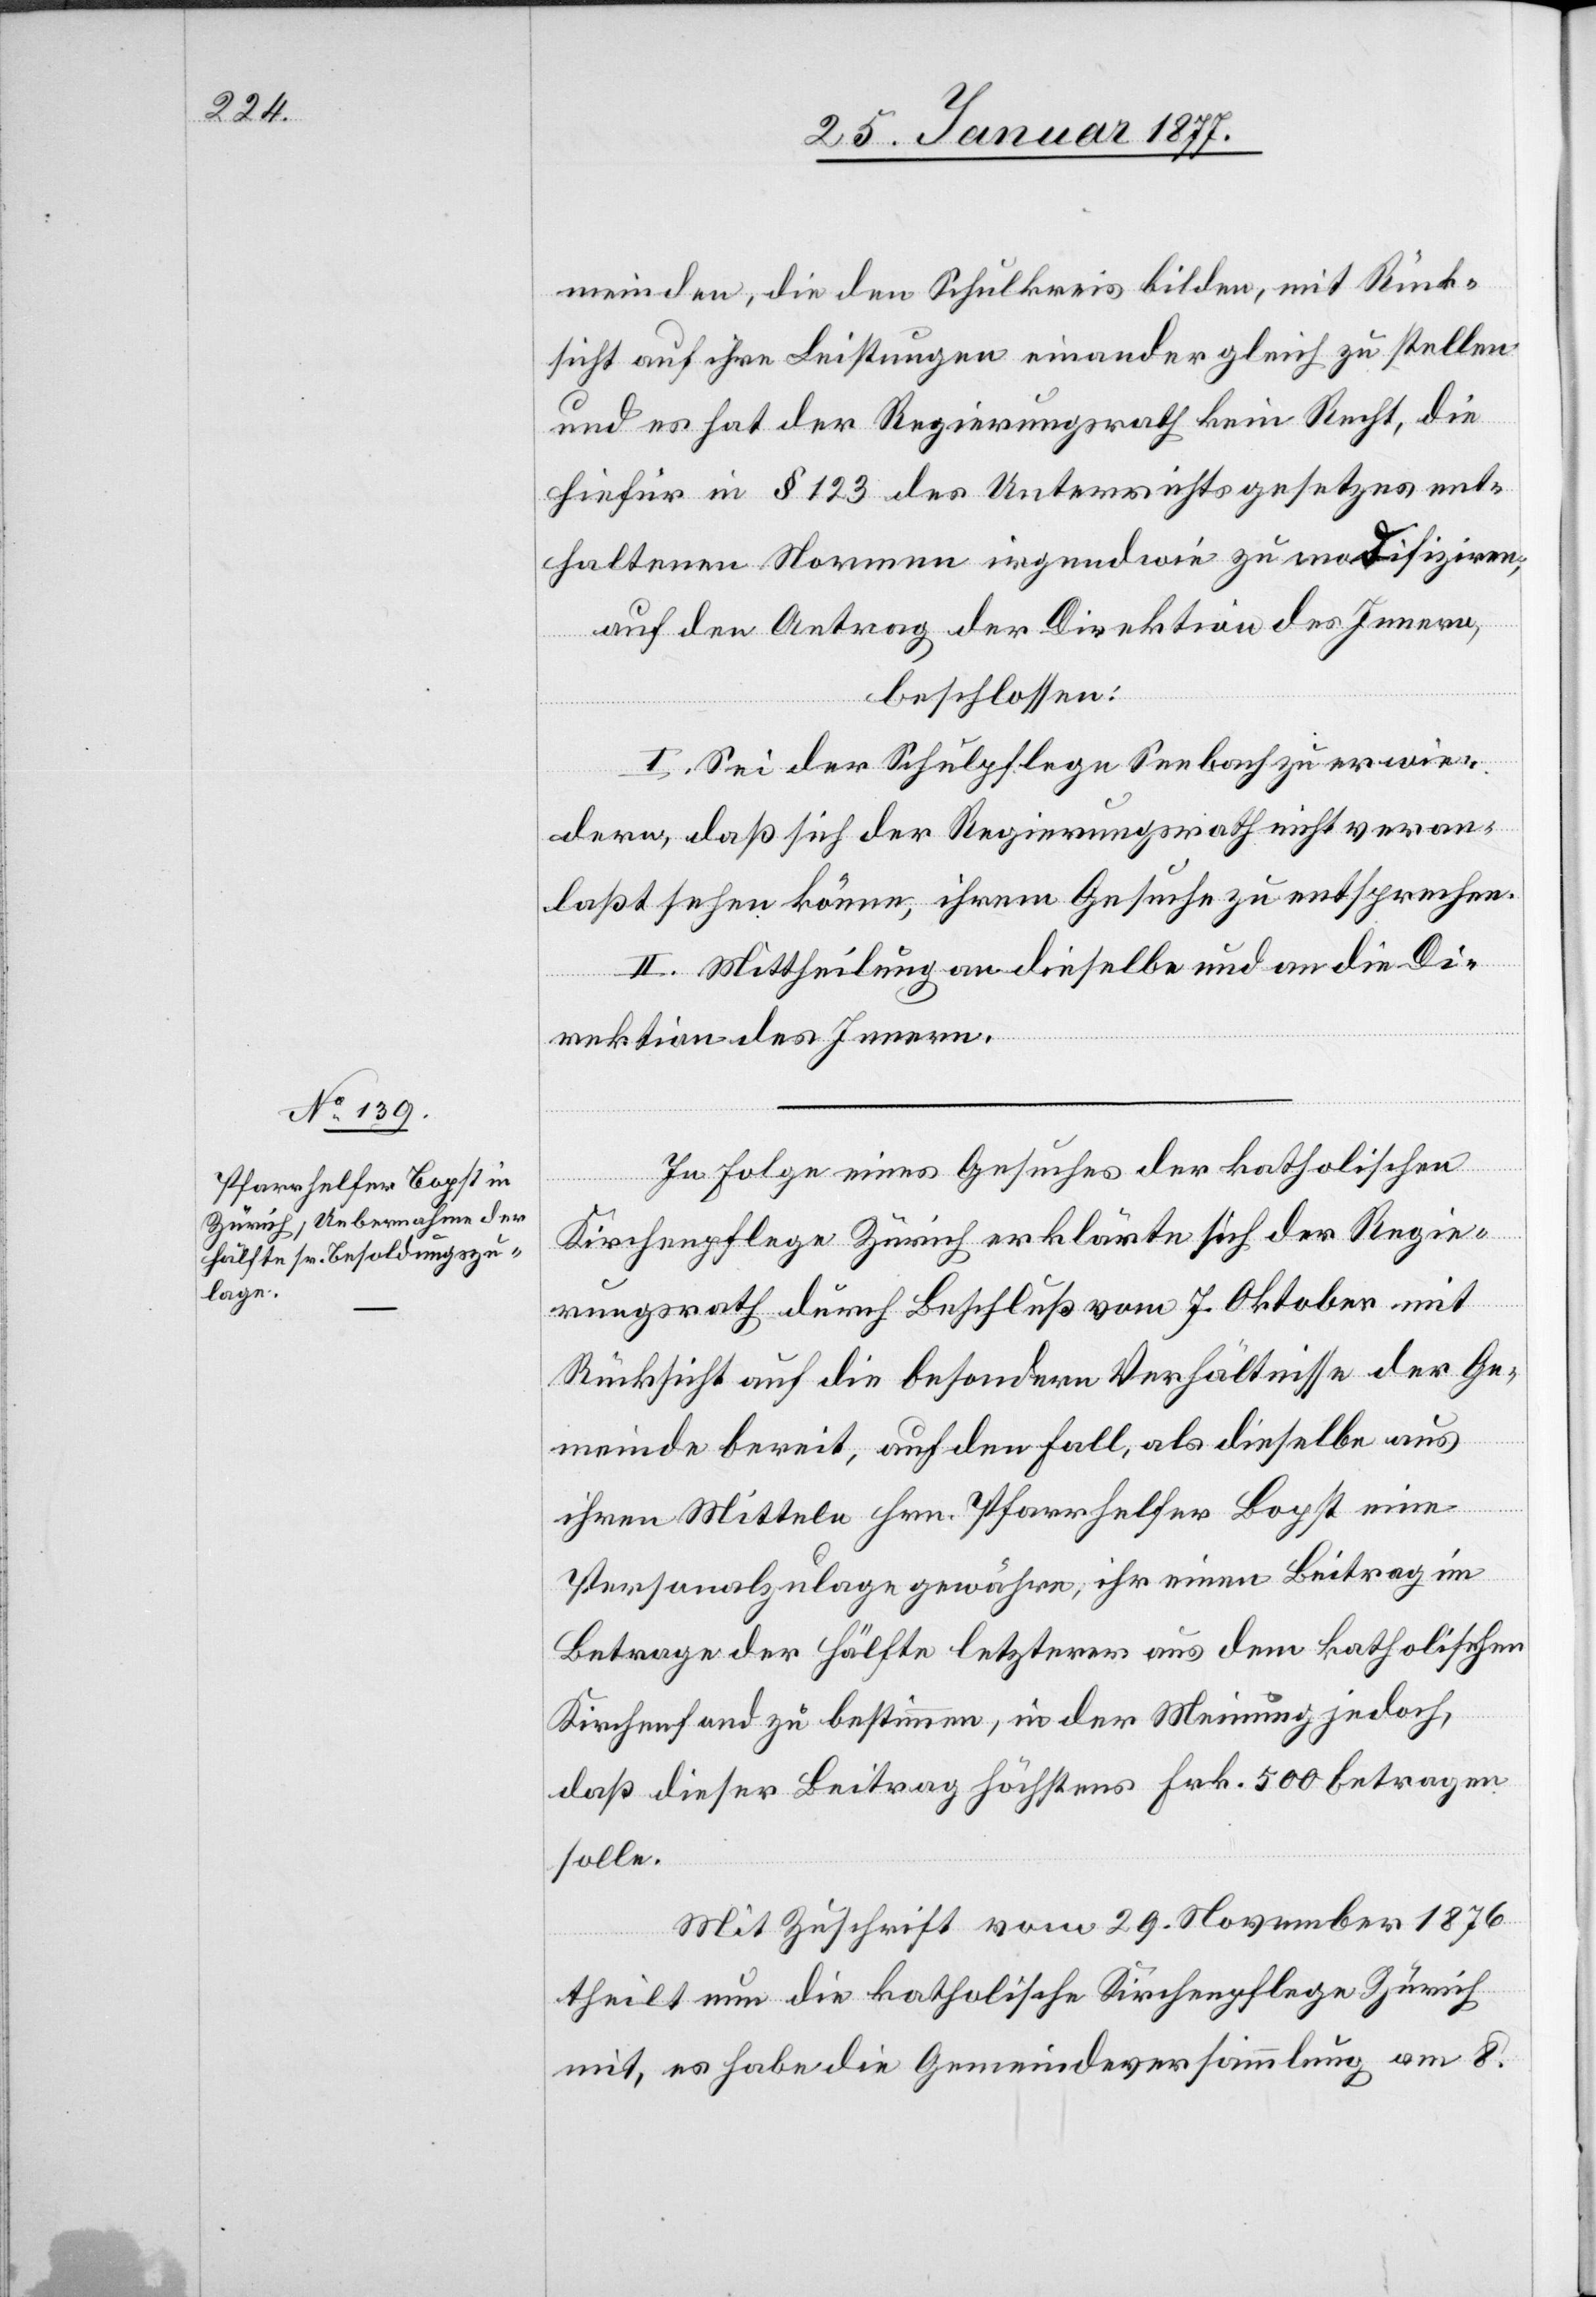
In Folge eines Gesuches der katholischen
Kirchenpflege Zürich erklärte sich der Regie¬
rungsrath durch Beschluß vom 7. Oktober mit
Rücksicht auf die besondern Verhältnisse der Ge¬
meinde bereit, auf den Fall, als dieselbe aus
ihren Mitteln Hrn. Pfarrhelfer Bopst eine
Personalzulage gewähre, ihr einen Beitrag im
Betrage der Hälfte letzterer aus dem katholischen
Kirchenfond zu bestimmen, in der Meinung jedoch,
daß dieser Beitrag höchstens Frk. 500 betragen
solle.
Mit Zuschrift vom 29. November 1876
theilt nun die katholische Kirchenpflege Zürich
mit, es habe die Gemeindeversammlung am 8.